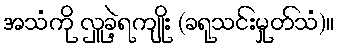
အသံကို လှူခဲ့ရကျိုး (ခရုသင်းမှုတ်သံ)။